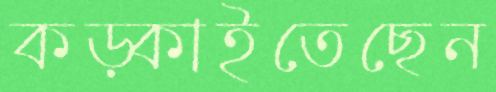
কড়্‌কাইতেছেন